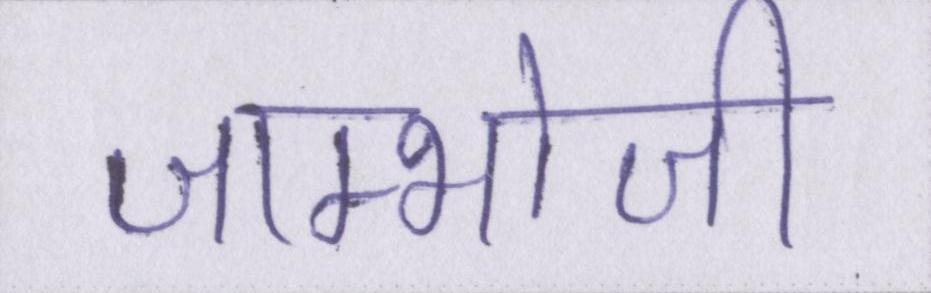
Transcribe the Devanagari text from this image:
जाम्भोजी